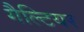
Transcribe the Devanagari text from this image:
गैल्टियर